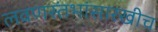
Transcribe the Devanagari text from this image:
लवणस्तंभांसारखीच